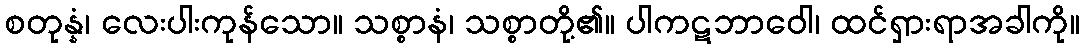
စတုန္နံ၊ လေးပါးကုန်သော။ သစ္စာနံ၊ သစ္စာတို့၏။ ပါကဋဘာဝေါ၊ ထင်ရှားရာအခါကို။